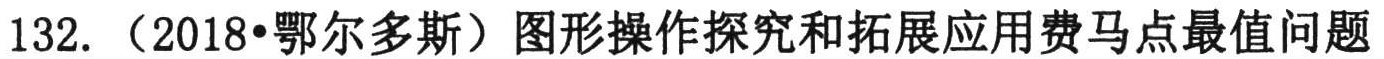
132.（2018•鄂尔多斯）图形操作探究和拓展应用费马点最值问题